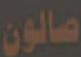
صالون